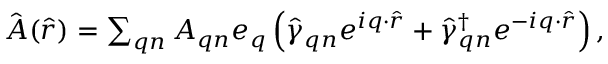
\begin{array} { r } { \hat { \boldsymbol { A } } ( \hat { \boldsymbol { r } } ) = \sum _ { \boldsymbol { q } n } { \cal A } _ { \boldsymbol { q } n } \boldsymbol { e } _ { \boldsymbol { q } } \left( \hat { \gamma } _ { \boldsymbol { q } n } e ^ { i \boldsymbol { q } \cdot \hat { \boldsymbol { r } } } + \hat { \gamma } _ { \boldsymbol { q } n } ^ { \dagger } e ^ { - i \boldsymbol { q } \cdot \hat { \boldsymbol { r } } } \right) , } \end{array}